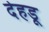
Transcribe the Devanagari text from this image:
देहडू